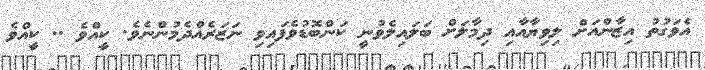
އެވަގުތު އިޒާންއަށް ލިވިޔާއާއި ދިމާލަށް ބަލައިލެވުނީ ކަންބޮޑުވެފައިވި ނަޒަރެއްދެމުންނެވެ. ކީއްވެ .. ކީއްވެ